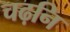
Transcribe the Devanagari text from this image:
चढ़नि